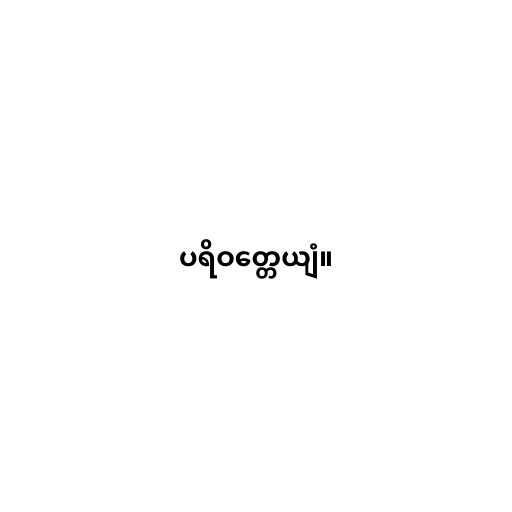
ပရိဝတ္တေယျံ။